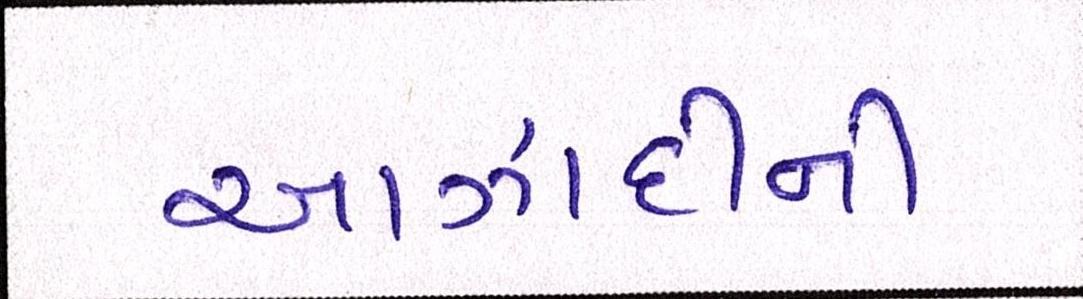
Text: આઝાદીની